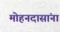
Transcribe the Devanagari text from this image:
मोहनदासांना